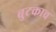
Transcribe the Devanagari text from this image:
बुटकाच